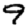
Digit: 9